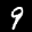
Label: 9